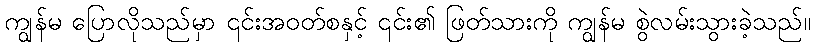
ကျွန်မ ပြောလိုသည်မှာ ၎င်းအဝတ်စနှင့် ၎င်း၏ ဖြတ်သားကို ကျွန်မ စွဲလမ်းသွားခဲ့သည်။